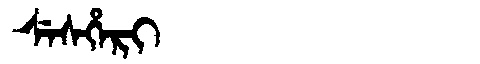
Manchu: ᠰᡝᠰᡥᡝᡵᡳ
Romanization: SESHERI